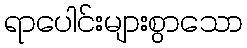
ရာပေါင်းများစွာသော